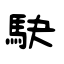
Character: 駃